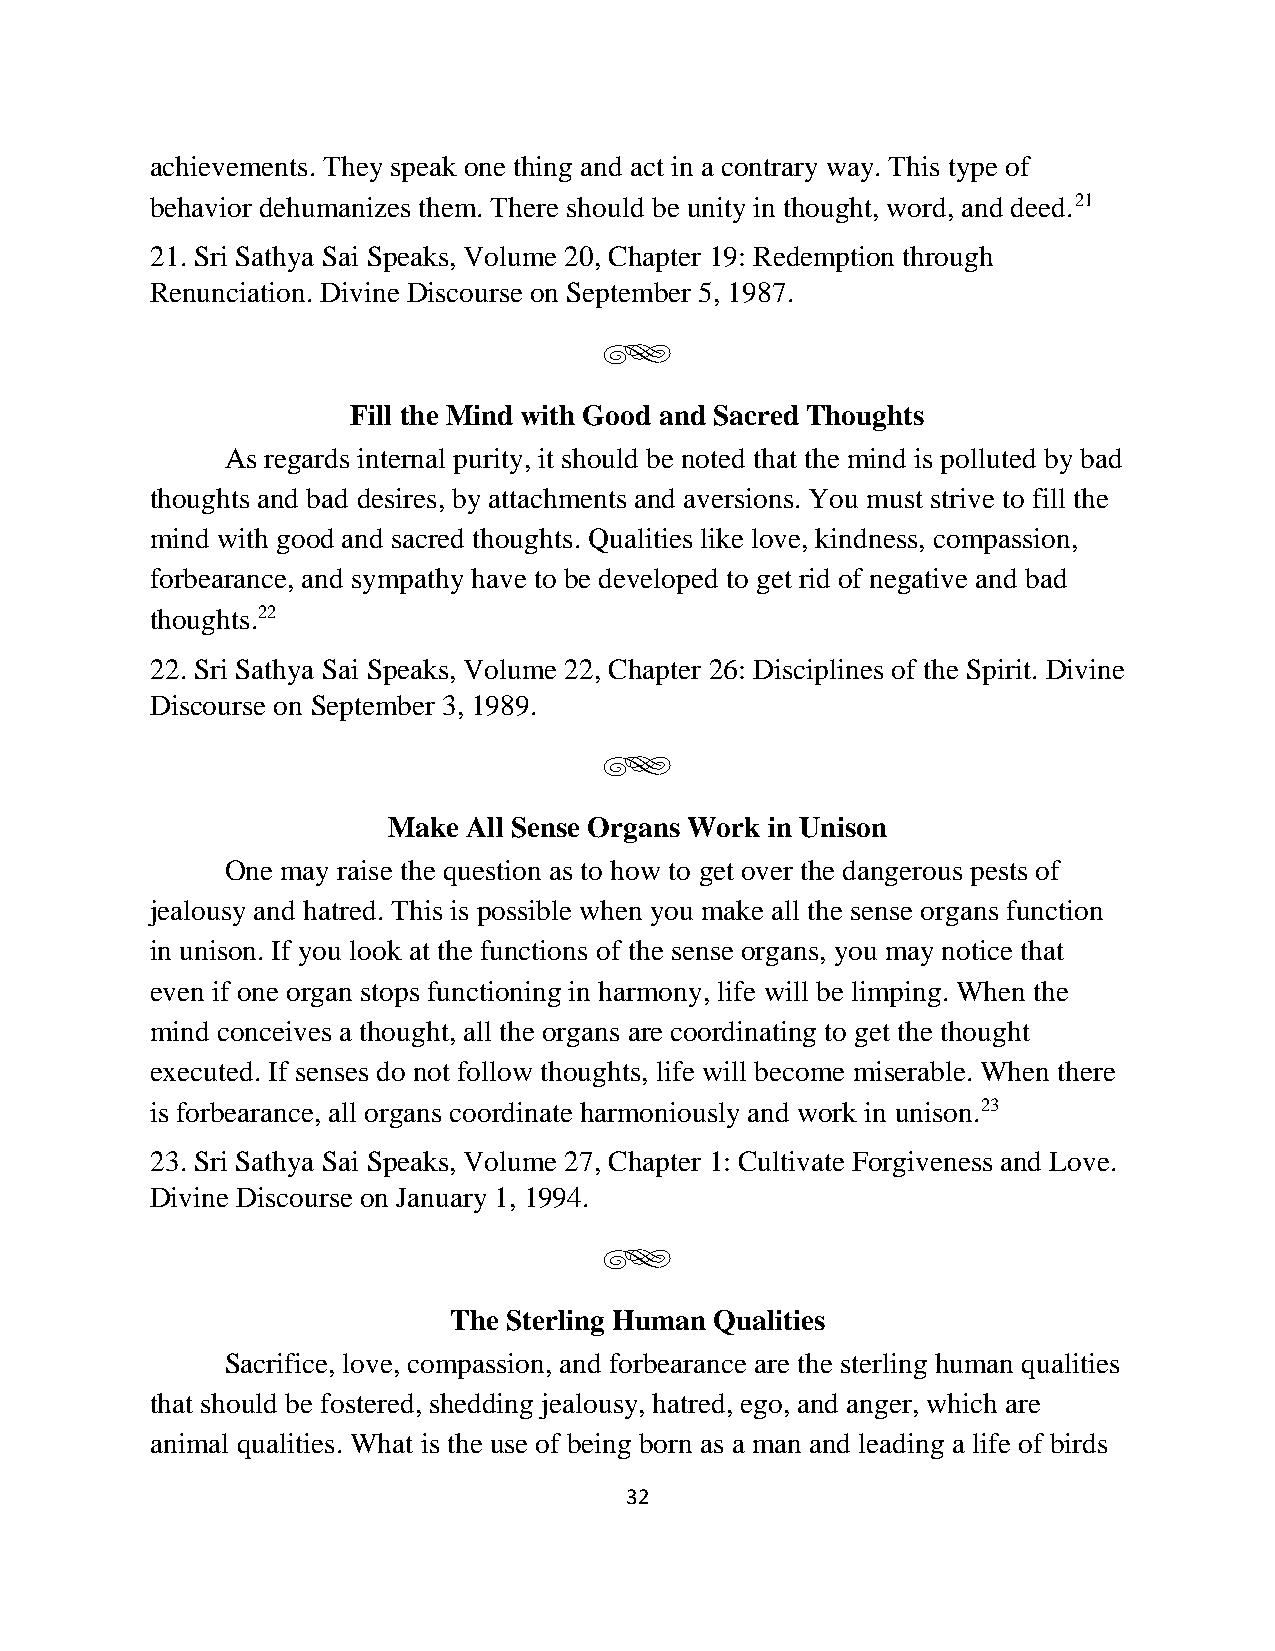
achievements. They speak one thing and act in a contrary way. This type of
 behavior dehumanizes them. There should be unity in thought, word, and deed.21
 21. Sri Sathya Sai Speaks, Volume 20, Chapter 19: Redemption through
 Renunciation. Divine Discourse on September 5, 1987.
 g
 Fill the Mind with Good and Sacred Thoughts
 As regards internal purity, it should be noted that the mind is polluted by bad
 thoughts and bad desires, by attachments and aversions. You must strive to fill the
 mind with good and sacred thoughts. Qualities like love, kindness, compassion,
 forbearance, and sympathy have to be developed to get rid of negative and bad
 thoughts.22
 22. Sri Sathya Sai Speaks, Volume 22, Chapter 26: Disciplines of the Spirit. Divine
 Discourse on September 3, 1989.
 g
 Make All Sense Organs Work in Unison
 One may raise the question as to how to get over the dangerous pests of
 jealousy and hatred. This is possible when you make all the sense organs function
 in unison. If you look at the functions of the sense organs, you may notice that
 even if one organ stops functioning in harmony, life will be limping. When the
 mind conceives a thought, all the organs are coordinating to get the thought
 executed. If senses do not follow thoughts, life will become miserable. When there
 is forbearance, all organs coordinate harmoniously and work in unison.23
 23. Sri Sathya Sai Speaks, Volume 27, Chapter 1: Cultivate Forgiveness and Love.
 Divine Discourse on January 1, 1994.
 g
 The Sterling Human Qualities
 Sacrifice, love, compassion, and forbearance are the sterling human qualities
 that should be fostered, shedding jealousy, hatred, ego, and anger, which are
 animal qualities. What is the use of being born as a man and leading a life of birds
 32